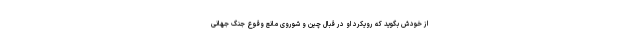
از خودش بگوید که رویکرد او در قبال چین و شوروی مانع وقوع جنگ جهانی